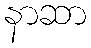
နာဆာ